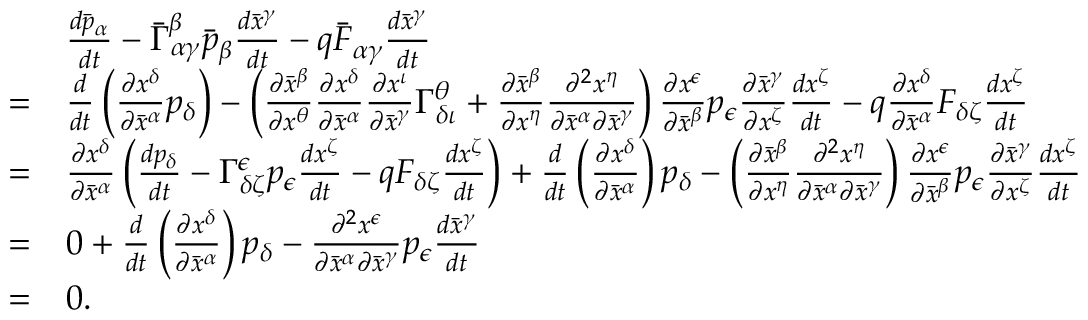
{ \begin{array} { r l } & { { \frac { d { \bar { p } } _ { \alpha } } { d t } } - { \bar { \Gamma } } _ { \alpha \gamma } ^ { \beta } { \bar { p } } _ { \beta } { \frac { d { \bar { x } } ^ { \gamma } } { d t } } - q { \bar { F } } _ { \alpha \gamma } { \frac { d { \bar { x } } ^ { \gamma } } { d t } } } \\ { = } & { { \frac { d } { d t } } \left( { \frac { \partial x ^ { \delta } } { \partial { \bar { x } } ^ { \alpha } } } p _ { \delta } \right) - \left( { \frac { \partial { \bar { x } } ^ { \beta } } { \partial x ^ { \theta } } } { \frac { \partial x ^ { \delta } } { \partial { \bar { x } } ^ { \alpha } } } { \frac { \partial x ^ { \iota } } { \partial { \bar { x } } ^ { \gamma } } } \Gamma _ { \delta \iota } ^ { \theta } + { \frac { \partial { \bar { x } } ^ { \beta } } { \partial x ^ { \eta } } } { \frac { \partial ^ { 2 } x ^ { \eta } } { \partial { \bar { x } } ^ { \alpha } \partial { \bar { x } } ^ { \gamma } } } \right) { \frac { \partial x ^ { \epsilon } } { \partial { \bar { x } } ^ { \beta } } } p _ { \epsilon } { \frac { \partial { \bar { x } } ^ { \gamma } } { \partial x ^ { \zeta } } } { \frac { d x ^ { \zeta } } { d t } } - q { \frac { \partial x ^ { \delta } } { \partial { \bar { x } } ^ { \alpha } } } F _ { \delta \zeta } { \frac { d x ^ { \zeta } } { d t } } } \\ { = } & { { \frac { \partial x ^ { \delta } } { \partial { \bar { x } } ^ { \alpha } } } \left( { \frac { d p _ { \delta } } { d t } } - \Gamma _ { \delta \zeta } ^ { \epsilon } p _ { \epsilon } { \frac { d x ^ { \zeta } } { d t } } - q F _ { \delta \zeta } { \frac { d x ^ { \zeta } } { d t } } \right) + { \frac { d } { d t } } \left( { \frac { \partial x ^ { \delta } } { \partial { \bar { x } } ^ { \alpha } } } \right) p _ { \delta } - \left( { \frac { \partial { \bar { x } } ^ { \beta } } { \partial x ^ { \eta } } } { \frac { \partial ^ { 2 } x ^ { \eta } } { \partial { \bar { x } } ^ { \alpha } \partial { \bar { x } } ^ { \gamma } } } \right) { \frac { \partial x ^ { \epsilon } } { \partial { \bar { x } } ^ { \beta } } } p _ { \epsilon } { \frac { \partial { \bar { x } } ^ { \gamma } } { \partial x ^ { \zeta } } } { \frac { d x ^ { \zeta } } { d t } } } \\ { = } & { 0 + { \frac { d } { d t } } \left( { \frac { \partial x ^ { \delta } } { \partial { \bar { x } } ^ { \alpha } } } \right) p _ { \delta } - { \frac { \partial ^ { 2 } x ^ { \epsilon } } { \partial { \bar { x } } ^ { \alpha } \partial { \bar { x } } ^ { \gamma } } } p _ { \epsilon } { \frac { d { \bar { x } } ^ { \gamma } } { d t } } } \\ { = } & { 0 . } \end{array} }